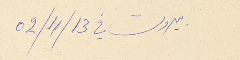
بيروت في 31/11/20